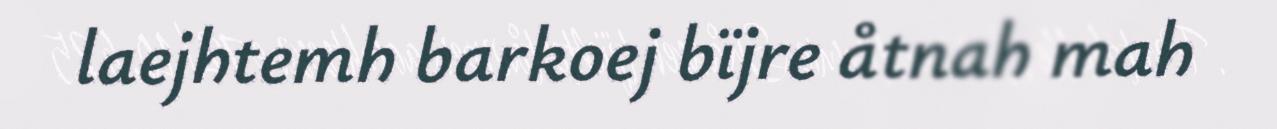
laejhtemh barkoej bïjre åtnah mah